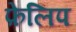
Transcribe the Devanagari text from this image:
फ़ेलिप